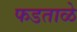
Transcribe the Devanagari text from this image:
फडताळे